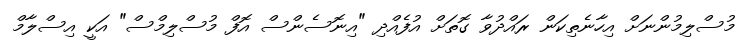
މުސްލިމުންނަށް އިހާނެތިކަން ރައްދުވާ ގޮތަށް އުފެއްދި "އިނޮސެންސް އޮފް މުސްލިމްސް" އަކީ އިސްލާމް